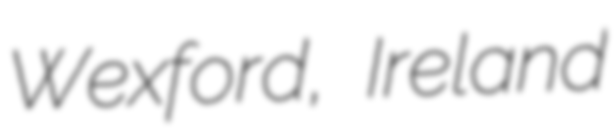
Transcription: Wexford, Ireland